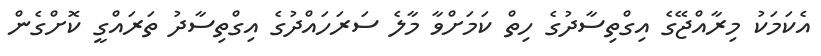
އެކަމަކު މިރާއްޖޭގެ އިގްތިސާދުގެ ހިތް ކަމަށްވާ މާލެ ސަރަހައްދުގެ އިގްތިސާދު ތަރައްގީ ކޮށްގެން